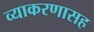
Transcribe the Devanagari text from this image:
व्याकरणासह